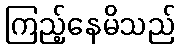
ကြည့်နေမိသည်